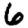
Digit: 6